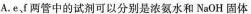
A.e、f两管中的试剂可以分别是浓氨水和NaOH固体